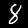
Digit: 8